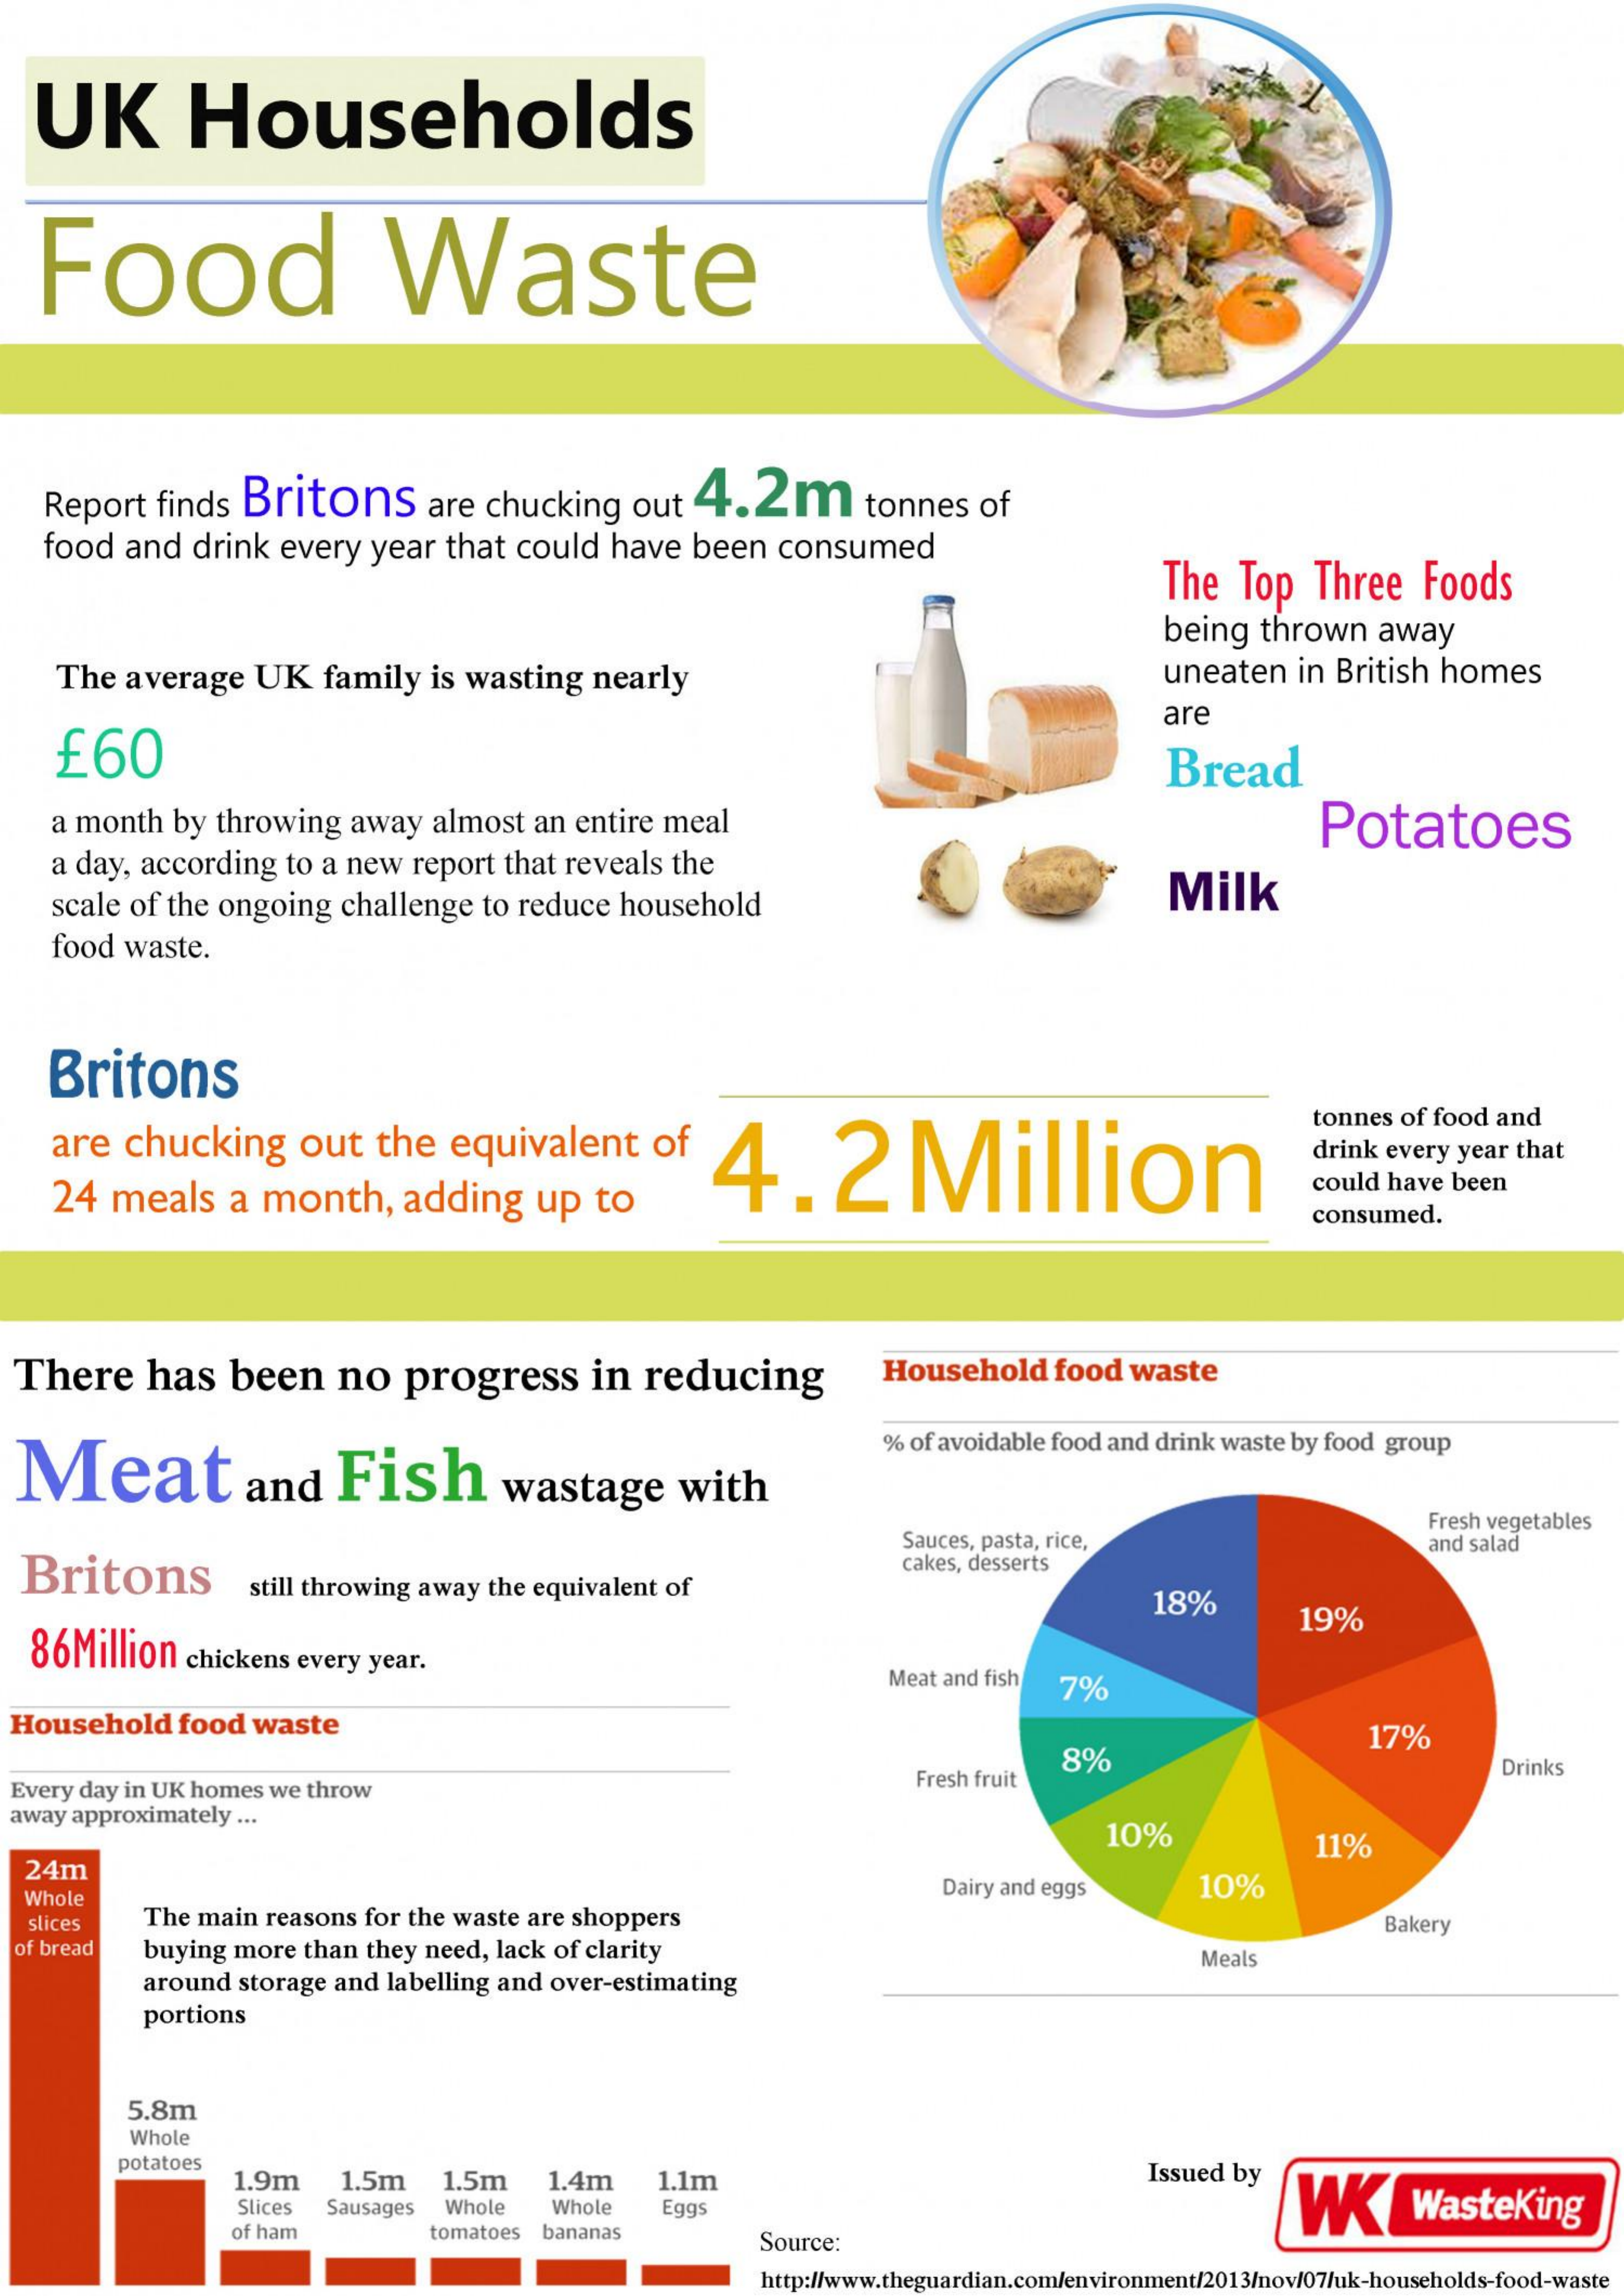
UK    Households
   Food    Waste
    Report    finds  Britons    are  chucking    out   4.20    tonnes    of
    food   and   drink   every   year  that  could    have   been   consumed
     The   Top    Three    Foods
     being   thrown    away
     The  average    UK    family    is wasting    nearly    uneaten    in British  homes
     £60
     are
     Bread
     a month   by  throwing    away   almost   an entire  meal    Potatoes
     a day, according    to a new   report  that  reveals  the
     scale of  the ongoing    challenge   to reduce   household    Milk
     food  waste.
    Britons
     are   chucking    out    the   equivalent    of    4.2Million
     tonnes  of food and
     drink every year that
     24  meals    a  month,    adding    up   to
     could  have been
     consumed.
  There    has    been    no    progress    in  reducing    Household    food  waste
  Meat    and    Fish    wastage    with
     % of avoidable food and drink waste by food group
     Sauces, pasta, rice,
     Fresh vegetables
  Britons    still throwing away  the equivalent of
     cakes, desserts
     and salad
     18%
   86Million    chickens  every  year.
     19%
     Meat and fish   7%
  Household    food  waste
     8%
     17%
  Every day in UK homes we throw    Fresh fruit    Drinks
  away approximately ...
     10%
  24m
     11%
   Whole    Dairy and eggs    10%
   slices    The main  reasons  for the waste are shoppers
     buying  more than  they need,  lack of clarity
     Bakery
  of bread
     around  storage and  labelling and over-estimating
     Meals
     portions
     5.8m
     Whole
     potatoes
     1.9m    1.5m    1.5m    1.4m    1.1m    Issued by
     W Slices Sausages Whole Whole Eggs WasteKing
     of ham    tomatoes  bananas    Source:
     http://www.theguardian.com/environment/2013/nov/07/uk-households-food-waste